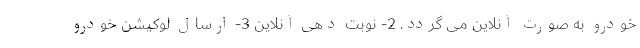
خودرو به صورت آنلاین می گردد. 2- نوبت دهی آنلاین 3- ارسال لوکیشن خودرو